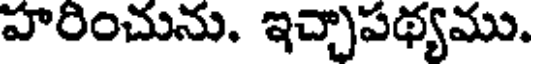
హరించును. ఇచ్చాపథ్యము.